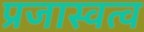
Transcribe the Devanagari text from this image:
प्रजास्वत्व